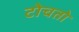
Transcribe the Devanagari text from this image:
टोचतो